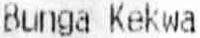
BUNGA KEKWA